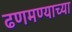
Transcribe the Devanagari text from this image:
ढणमण्याच्या